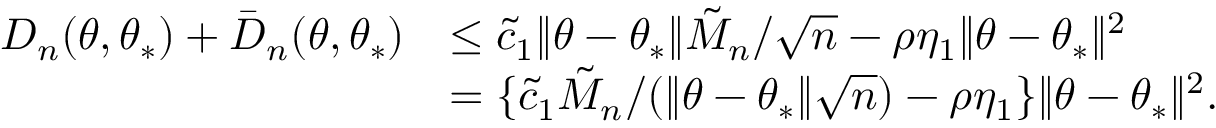
\begin{array} { r l } { D _ { n } ( \theta , \theta _ { * } ) + \bar { D } _ { n } ( \theta , \theta _ { * } ) } & { \leq \tilde { c } _ { 1 } \| \theta - \theta _ { * } \| \tilde { M } _ { n } / \sqrt { n } - \rho \eta _ { 1 } \| \theta - \theta _ { * } \| ^ { 2 } } \\ & { = \{ \tilde { c } _ { 1 } \tilde { M } _ { n } / ( \| \theta - \theta _ { * } \| \sqrt { n } ) - \rho \eta _ { 1 } \} \| \theta - \theta _ { * } \| ^ { 2 } . } \end{array}